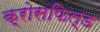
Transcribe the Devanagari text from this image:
क्रोसफिल्ड